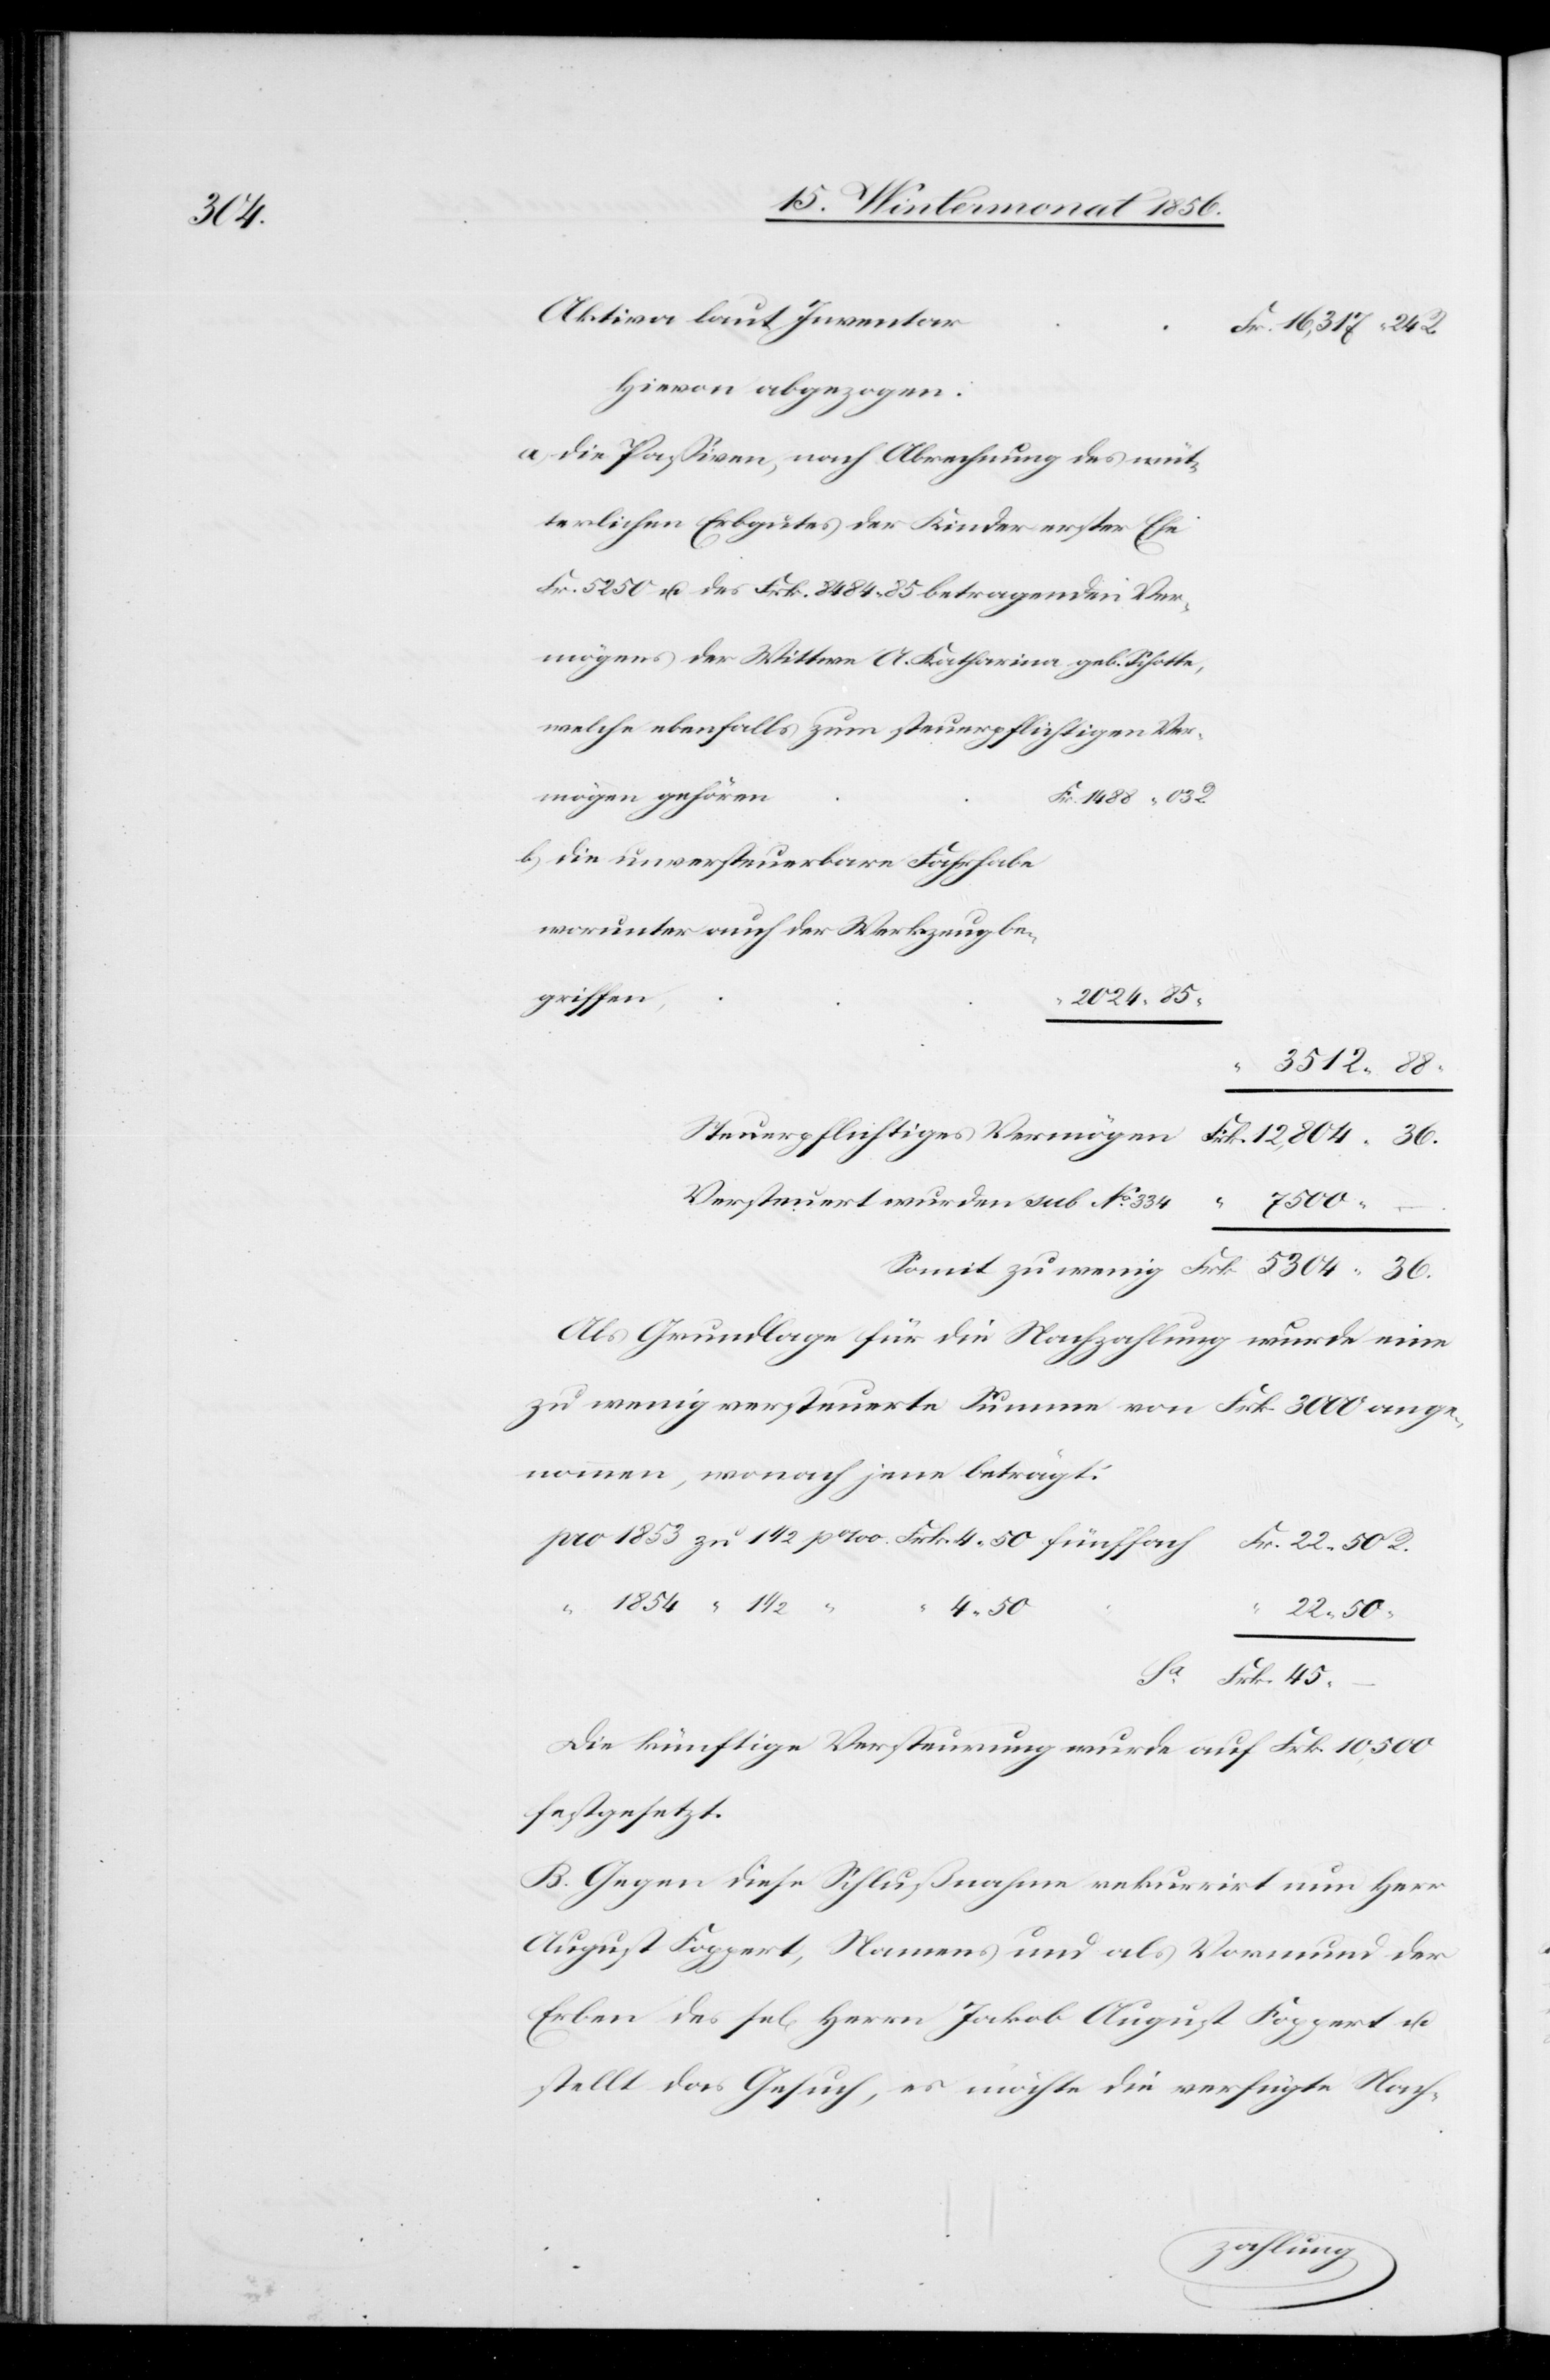
45.

Aktiva laut Inventar
Hievon abgezogen:
die Passiven, nach Abrechnung des müt¬
terlichen Erbgutes der Kinder erster Ehe
Fr. 5250 u. des Frk. 8484. 85 betragenden Ver¬
mögens der Wittwe A. Katharina geb. Schotte,
welche ebenfalls zum steuerpflichtigen Ver¬
mögen gehören
die unversteuerbare Fahrhabe
worunter auch der [sic!] Werkzeug be¬
griffen,
–
3512.
Versteuert wurden sub No 334
Als Grundlage für die Nachzahlung wurde eine
zu wenig versteuerte Summe von Frk. 3000 ange¬
nommen, wonach jene beträgt:
4. 50
22. 50
Die künftige Versteurung wurde auf Frk. 10,500
festgesetzt.
B. Gegen diese Schlußnahme rekurrirt nun Herr
August Foppert, Namens und als Vormund der
Erben des sel[igen] Herrn Jakob August Foppert u.
stellt das Gesuch, es möchte die verfügte Nach-